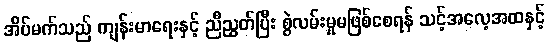
အိပ်မက်သည် ကျန်းမာရေးနှင့် ညီညွတ်ပြီး စွဲလမ်းမှုမဖြစ်စေရန် သင့်အလေ့အထနှင့်